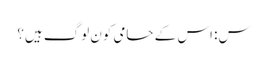
س: اس کے حامی کون لوگ ہیں؟